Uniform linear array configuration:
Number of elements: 8
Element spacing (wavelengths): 0.25
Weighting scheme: hamming
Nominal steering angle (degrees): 60
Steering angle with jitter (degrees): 60.899
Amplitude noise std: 0.05
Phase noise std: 0.05

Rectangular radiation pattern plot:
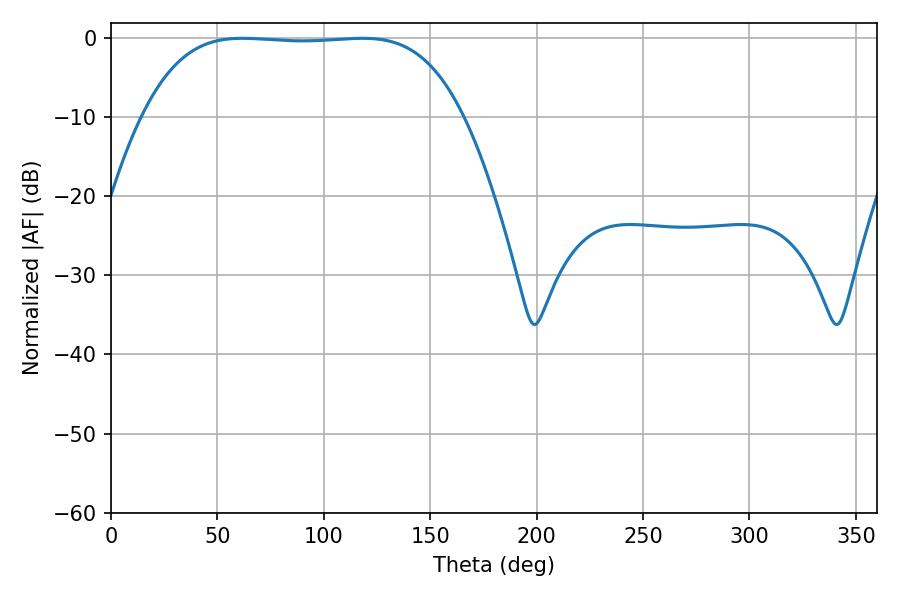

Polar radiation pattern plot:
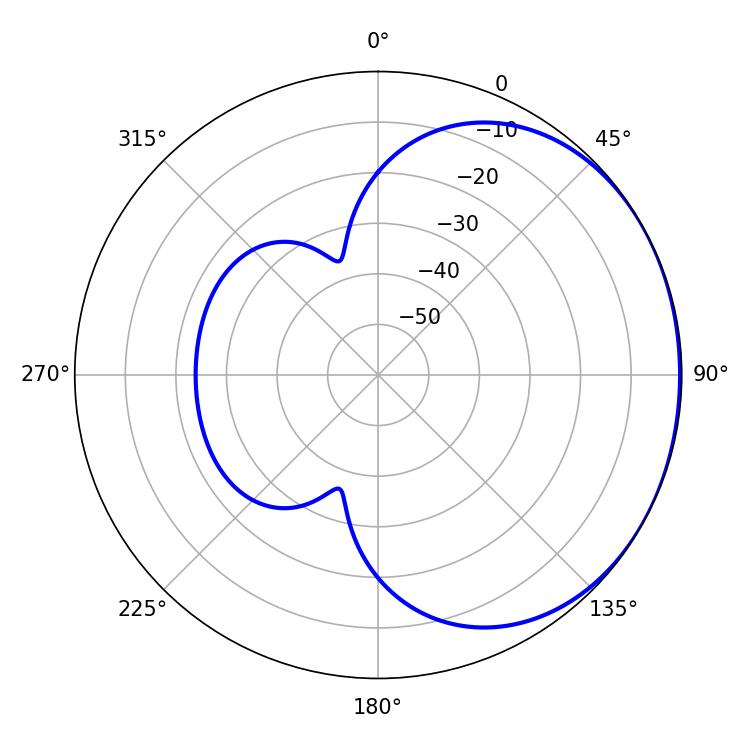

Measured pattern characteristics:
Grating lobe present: FALSE
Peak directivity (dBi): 0.9012
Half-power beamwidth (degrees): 116.64
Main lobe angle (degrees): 61.74